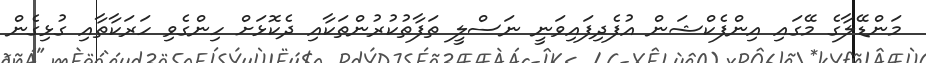
މަންޑޭލާގެ މޭގައި އިންފެކްޝަން އުފެދިފައިވަނީ ނަސްލީ ތަފާތުކުރުންތަކާއި ދެކޮޅަށް ހިންގެވި ހަރަކާތާއި ގުޅިގެން